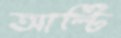
আল্টি